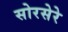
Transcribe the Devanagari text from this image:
सोरसेरे